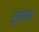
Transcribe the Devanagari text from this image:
इजेशन